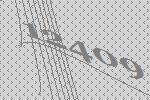
12409